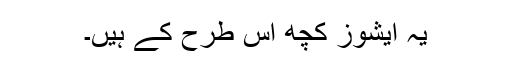
یہ ایشوز کچھ اس طرح کے ہیں۔